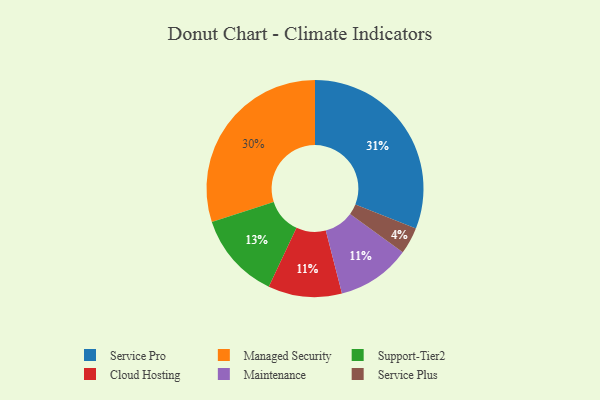
{"axis": {"x": "Category", "y": "Percentage"}, "legend": ["Cloud Hosting", "Maintenance", "Managed Security", "Service Plus", "Service Pro", "Support-Tier2"], "data": [{"x": "Cloud Hosting", "y": 11, "type": "Cloud Hosting"}, {"x": "Managed Security", "y": 30, "type": "Managed Security"}, {"x": "Maintenance", "y": 11, "type": "Maintenance"}, {"x": "Service Pro", "y": 31, "type": "Service Pro"}, {"x": "Support-Tier2", "y": 13, "type": "Support-Tier2"}, {"x": "Service Plus", "y": 4, "type": "Service Plus"}]}